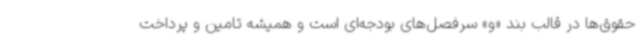
حقوق‌ها در قالب بند «و» سرفصل‌های بودجه‌ای است و همیشه تامین و پرداخت